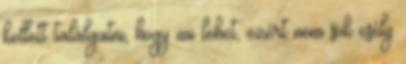
kellett találgatni, hogy mi lehet, ezért nem sok esély